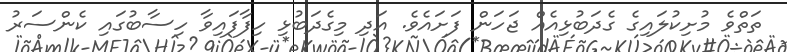
ތަތްވެ މުށިކުލައިގެ ގެދަބުޅިއެއް ޖަހަން ފަށައެވެ. އަދި މިގެދަބުޅި ހިފާފައިވާ ހިސާބުގައި ކެންސަރު